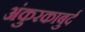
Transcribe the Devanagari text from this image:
अंकुरकाबुर्द